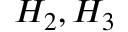
H _ { 2 } , H _ { 3 }